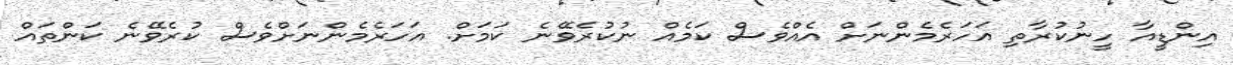
އިންޑީއާ ހީނުކުރާތި އަހަރެމެންނަށް އެއްވެސް ކަމެއް ނުކުރެވޭނެ ކަމަށް. އަހަރެމެންނަށްވެސް ކުރެވޭނެ ކަންތައް